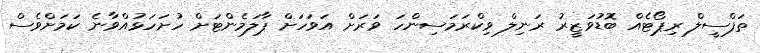
ތަފްސީލް ރިޕޯޓެއް ބޮޑުވަޒީރު ރަނިލް ވިކްރަމަސިންހަ ވަރަށް އަވަހަށް ޕާލަމެންޓަށް ހުށަހަޅުއްވާނެ ކަމަށްވެސް